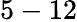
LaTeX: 5-12